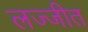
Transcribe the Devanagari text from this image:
लज्जीत